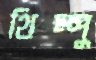
থিম্পু